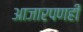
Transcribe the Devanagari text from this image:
आजारपणही